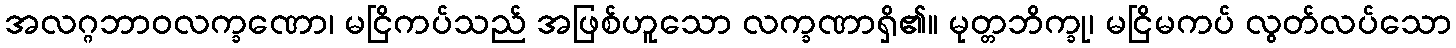
အလဂ္ဂဘာဝလက္ခဏော၊ မငြိကပ်သည် အဖြစ်ဟူသော လက္ခဏာရှိ၏။ မုတ္တဘိက္ခု၊ မငြိမကပ် လွတ်လပ်သော